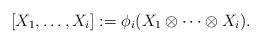
LaTeX: \begin{align*}[X_1,\dots,X_i]:=\phi_i(X_1\otimes\cdots\otimes X_i).\end{align*}